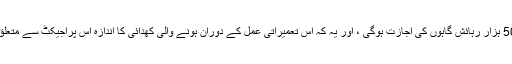
اردگان نے بتایا کہ شہری تبدیلی کے فریم ورک کے اندر چینل کے آس پاس صرف 500 ہزار رہائش گاہوں کی اجازت ہوگی ، اور یہ کہ اس تعمیراتی عمل کے دوران ہونے والی کھدائی کا اندازہ اس پراجیکٹ سے متعلق ایک خاص طریقہ سے کیا جائے گا ، اور یہ کہ شہر منفی اثرات سے محفوظ رہے گا۔